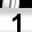
Digit: 1